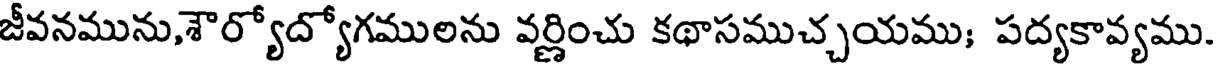
జీవనమును,శౌర్యోద్యోగములను వర్ణించు కథాసముచ్చయము; పద్యకావ్యము.